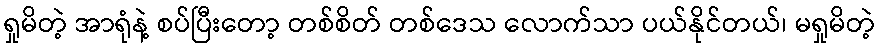
ရှုမိတဲ့ အာရုံနဲ့ စပ်ပြီးတော့ တစ်စိတ် တစ်ဒေသ လောက်သာ ပယ်နိုင်တယ်၊ မရှုမိတဲ့